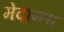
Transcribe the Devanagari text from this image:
मेदान्ता